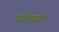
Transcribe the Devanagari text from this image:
इसेतमाल